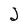
Character: J